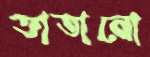
তাতানো